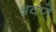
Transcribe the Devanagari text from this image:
श्रवणें